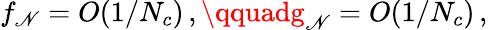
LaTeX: f_{\mathscr{N}}=O(1/N_{c})\, ,\qquadg_{\mathscr{N}}=O(1/N_{c})\, ,